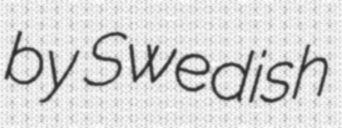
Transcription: by Swedish